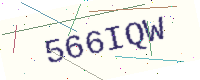
Text: 566IQW